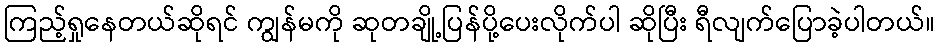
ကြည့်ရှုနေတယ်ဆိုရင် ကျွန်မကို ဆုတချို့ပြန်ပို့ပေးလိုက်ပါ ဆိုပြီး ရီလျက်ပြောခဲ့ပါတယ်။